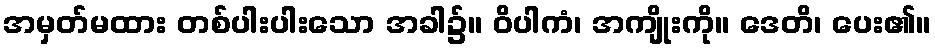
အမှတ်မထား တစ်ပါးပါးသော အခါ၌။ ဝိပါကံ၊ အကျိုးကို။ ဒေတိ၊ ပေး၏။